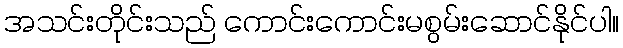
အသင်းတိုင်းသည် ကောင်းကောင်းမစွမ်းဆောင်နိုင်ပါ။